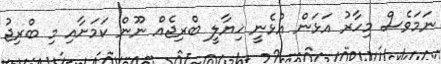
ނަމަވެސް މިހާރު އަޅަން އުޅެނީ ޚިޔާލީ ބްރިޖެއް ނޫން ކަމަށާއި މި ބްރިޖު